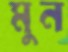
মুন